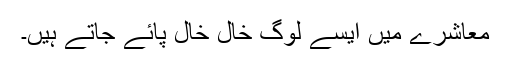
معاشرے میں ایسے لوگ خال خال پائے جاتے ہیں۔